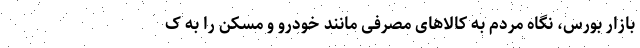
بازار بورس، نگاه مردم به کالاهای مصرفی مانند خودرو و مسکن را به ک